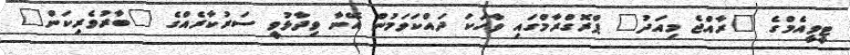
ޓީވީއެމްގެ "ރާއްޖެ މިއަދު" ޕްރޮގްރާމްގައި ވާހަކަ ދައްކަވަމުން އޭނާ ވިދާޅުވީ ސަރުކާރެއްގެ "ބާރުވެރިކަން"